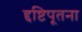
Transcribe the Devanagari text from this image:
द्दष्टिपूतना